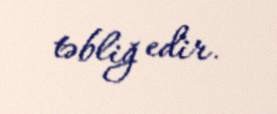
təbliğ edir.